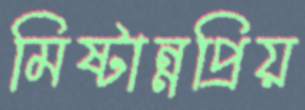
মিষ্টান্নপ্রিয়